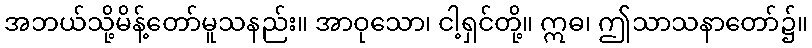
အဘယ်သို့မိန့်တော်မူသနည်း။ အာဝုသော၊ ငါ့ရှင်တို့။ ဣဓ၊ ဤသာသနာတော်၌။